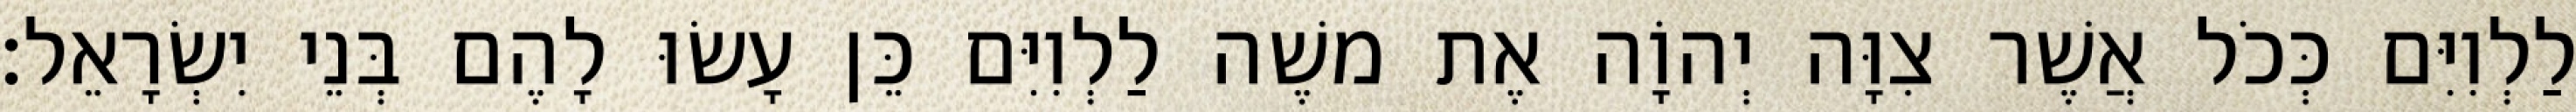
לַלְוִיִּם כְּכֹל אֲשֶׁר צִוָּה יְהוָֹה אֶת משֶׁה לַלְוִיִּם כֵּן עָשׂוּ לָהֶם בְּנֵי יִשְׂרָאֵל׃